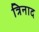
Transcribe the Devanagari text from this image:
त्रिनाद